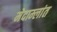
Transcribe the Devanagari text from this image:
मेदाम्लांत